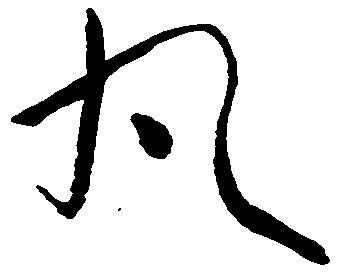
丸